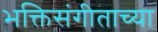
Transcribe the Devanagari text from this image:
भक्तिसंगीताच्या